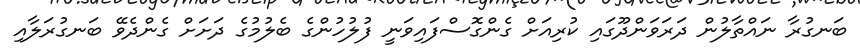
ބަނގުރާ ނައްތާލުން ދަރަވަންދޫގައި ކުރިއަށް ގެންގޮސްފައިވަނީ ފުލުހުންގެ ބެލުމުގެ ދަށަށް ގެންދެވޭ ބަނގުރަލާއި